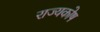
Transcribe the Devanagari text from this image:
राज्‍यकोष